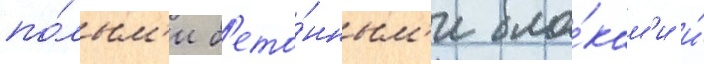
по́лым'и б'ето́нным'и бло́кам'и и́